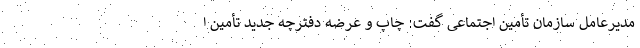
مدیرعامل سازمان تأمین اجتماعی گفت: چاپ و عرضه دفترچه جدید تأمین ا